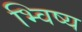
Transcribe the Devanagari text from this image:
भ्विष्य